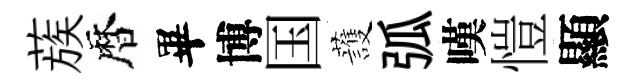
蔟暦畢博国䕶弧嘆愷顯